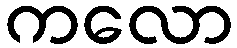
ကလော